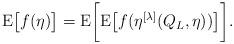
LaTeX: \begin{align*} \operatorname{E} \bigl[ f(\eta) \bigr] = \operatorname{E} \biggl[ \operatorname{E} \bigl[ f(\eta^{[\lambda]}(Q_L, \eta)) \bigr] \biggr].\end{align*}